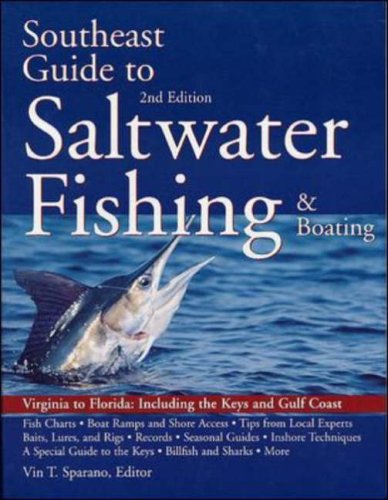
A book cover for South East Guide to Saltwater Fishing and Boating; Vin Sparano; Travel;